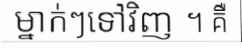
ម្នាក់ៗទៅវិញ ។ គឺ